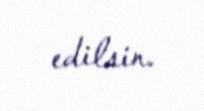
edilsin.